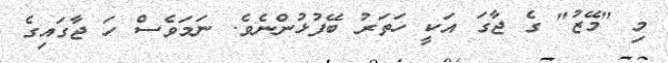
މި "މޭޒު" ގެ ޖާގަ އަކީ ހަތަރު ބޭފުޅުންނެވެ. ނަމަވެސް ހަ ޖާގައިގެ